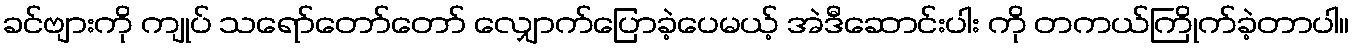
ခင်ဗျားကို ကျုပ် သရော်တော်တော် လျှောက်ပြောခဲ့ပေမယ့် အဲဒီဆောင်းပါး ကို တကယ်ကြိုက်ခဲ့တာပါ။